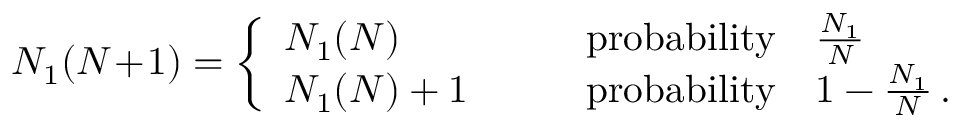
N _ { 1 } ( N \! + \! 1 ) = \left\{ \begin{array} { l l } { N _ { 1 } ( N ) } & { \qquad \mathrm { p r o b a b i l i t y } \quad \frac { N _ { 1 } } { N } } \\ { N _ { 1 } ( N ) + 1 } & { \qquad \mathrm { p r o b a b i l i t y } \quad 1 - \frac { N _ { 1 } } { N } \, . } \end{array} \right.